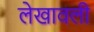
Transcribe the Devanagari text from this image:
लेखावली